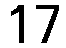
17